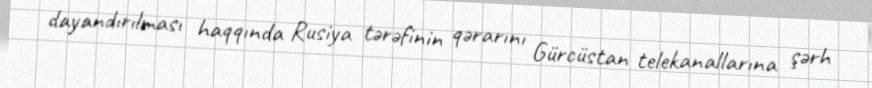
dayandırılması haqqında Rusiya tərəfinin qərarını Gürcüstan telekanallarına şərh